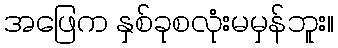
အဖြေက နှစ်ခုစလုံးမမှန်ဘူး။